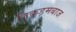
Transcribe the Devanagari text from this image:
तिकड़मबाज